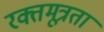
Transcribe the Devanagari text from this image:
रक्तमूत्रता